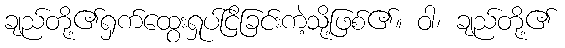
ချည်တို့၏ရှက်ထွေးရှုပ်ငြိခြင်းကဲ့သို့ဖြစ်၏။ ဝါ၊ ချည်တို့၏